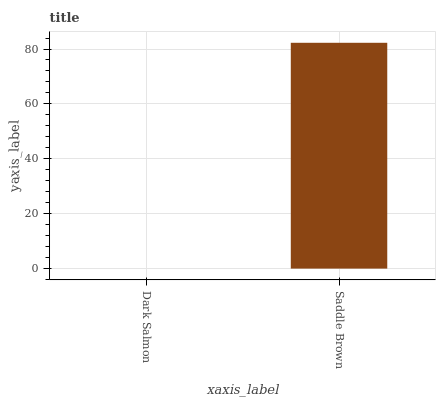
| xaxis_label | bars |
 | --- | --- |
 | Dark Salmon | 0 |
 | Saddle Brown | 82.3 |